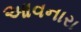
આવનારા